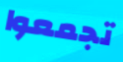
تجمعوا